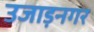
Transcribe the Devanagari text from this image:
उजाड़नगर